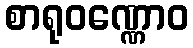
စာရုဝဏ္ဏောဝ